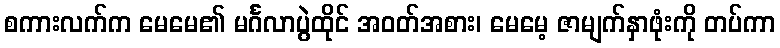
စကားလက်က မေမေ၏ မင်္ဂလာပွဲထိုင် အဝတ်အစား၊ မေမေ့ ဇာမျက်နှာဖုံးကို တပ်ကာ